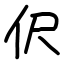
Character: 伬